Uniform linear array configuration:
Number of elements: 48
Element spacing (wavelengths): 0.5
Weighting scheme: kaiser
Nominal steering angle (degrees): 60
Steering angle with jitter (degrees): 58.76
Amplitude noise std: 0.05
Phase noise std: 0.05

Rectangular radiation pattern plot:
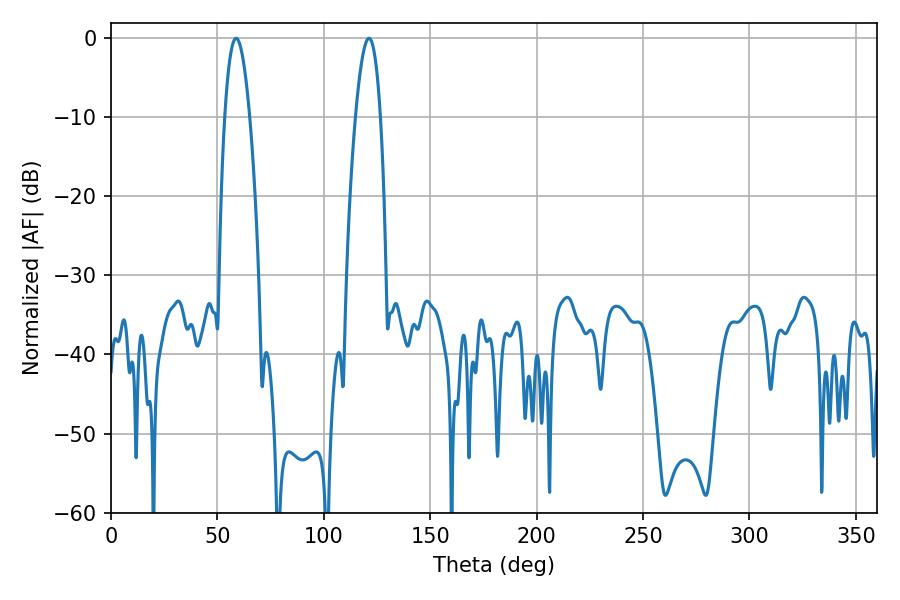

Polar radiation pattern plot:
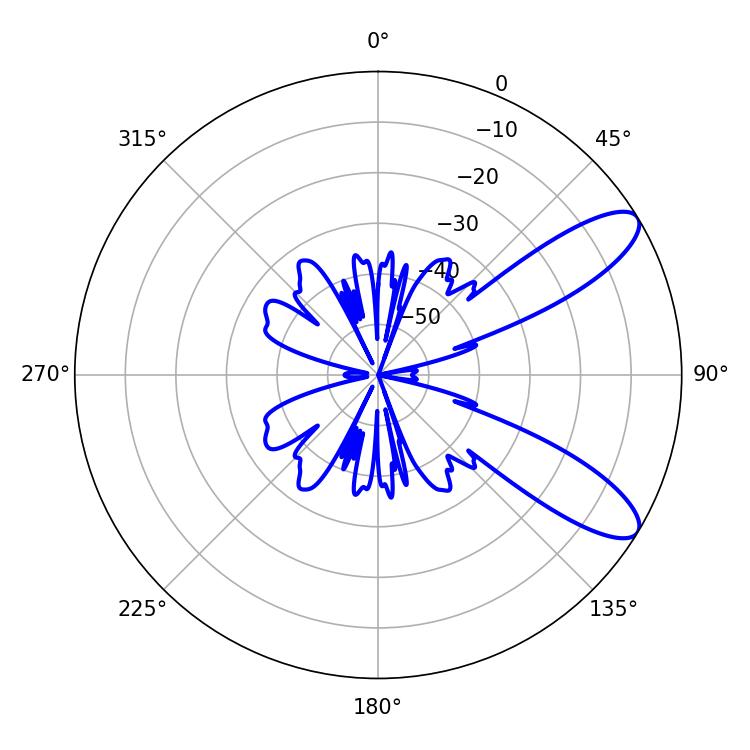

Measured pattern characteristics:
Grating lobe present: FALSE
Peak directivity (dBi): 9.834
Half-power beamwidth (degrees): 6.3
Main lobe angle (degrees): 58.86